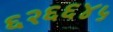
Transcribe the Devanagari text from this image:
६२६६४५